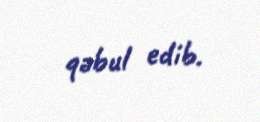
qəbul edib.